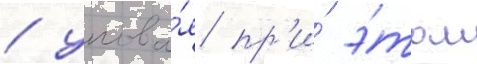
/ упова́я пр'и́ э́том